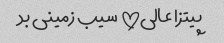
پیتزا عالی!!! سیب زمینی بد